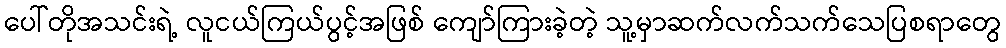
ပေါ်တိုအသင်းရဲ့ လူငယ်ကြယ်ပွင့်အဖြစ် ကျော်ကြားခဲ့တဲ့ သူ့မှာဆက်လက်သက်သေပြစရာတွေ